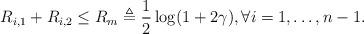
LaTeX: \begin{align*}R_{i,1} + R_{i,2} \leq R_m \triangleq \frac{1}{2}\log(1+2\gamma) , \forall i=1,\ldots,n-1. \end{align*}